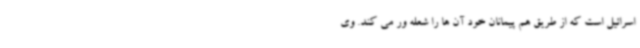
اسرائیل است که از طریق هم پیمانان خود آن ها را شعله ور می کند. وی